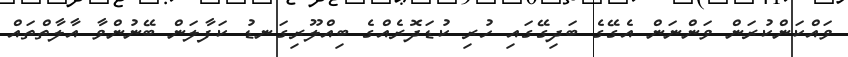
ވައްކަންކުރަން ވަންނަން އެގޭގެ ބަދިގޭގައި ހުރި ކުޑަދޮރެއްގެ ބިއްލޫރިގަނޑު ކަފާލަން ބޭނުންވާ އާލާތްތައް